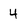
Character: 4